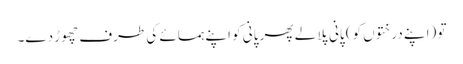
تو (اپنے درختوں کو) پانی پلا لے پھر پانی کو اپنے ہمسائے کی طرف چھوڑ دے۔